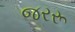
જરરૂ